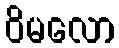
ဝိမလော